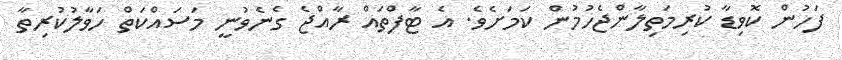
ފަހުން ކޮވިޑާ ކުރިމަތިލާންޖެހުމުން ކަމަށެވެ. އެ ޓާފްތައް ރާއްޖެ ގެނެވުނީ މަސައްކަތް ހަވާލުކުރިތާ